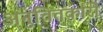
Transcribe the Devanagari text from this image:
अनुचितकारी